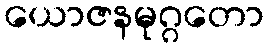
ယောဇနမုဂ္ဂတော